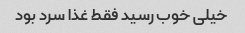
خیلی خوب رسید فقط غذا سرد بود